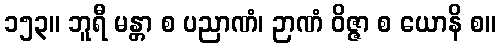
၁၅၃။ ဘူရီ မန္တာ စ ပညာဏံ၊ ဉာဏံ ဝိဇ္ဇာ စ ယောနိ စ။